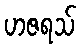
ဟဇရသ်